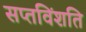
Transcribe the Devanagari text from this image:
सप्तविंशति